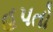
હપતો